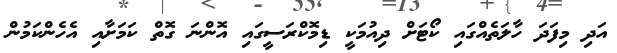
އަދި މިފަދަ ހާލަތެއްގައި ކޯޓަށް ދިއުމަކީ ޑިމޮކްރަސީގައި އޮންނަ ގޮތް ކަމަށާއި އެހެންކަމުން